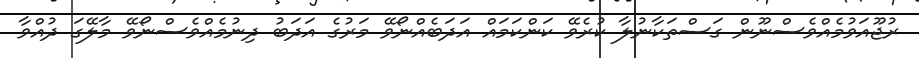
ރުޖޫއަވުމެއްވެސްނޫން ގަސްތަކާނުލާ ކުރެވޭ ކަންކަމައް އަދަބެއްނޯވޭ މަރުގެ އަދަބު ދިނުމެއްވެސްނޯވޭ މާލޭގަ ދުއްވާ